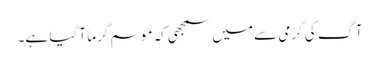
آگ کی گرمی سے میں سمجھی کہ موسم گرما آ گیا ہے۔